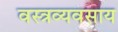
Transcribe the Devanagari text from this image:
वस्त्रव्यवसाय